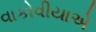
વાકોવીયાએ